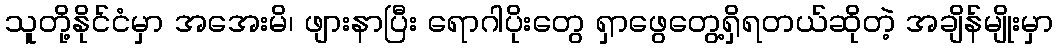
သူတို့နိုင်ငံမှာ အအေးမိ၊ ဖျားနာပြီး ရောဂါပိုးတွေ ရှာဖွေတွေ့ရှိရတယ်ဆိုတဲ့ အချိန်မျိုးမှာ